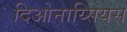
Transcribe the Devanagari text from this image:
दिओनाय्सियस